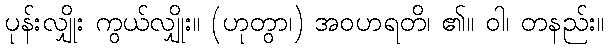
ပုန်းလျှိုး ကွယ်လျှိုး။ (ဟုတွာ၊) အဝဟရတိ၊ ၏။ ဝါ၊ တနည်း။